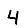
Digit: 4